Insane asylums in Bengal annual reports 1867-1875 - 1867-1875
Year: 1867
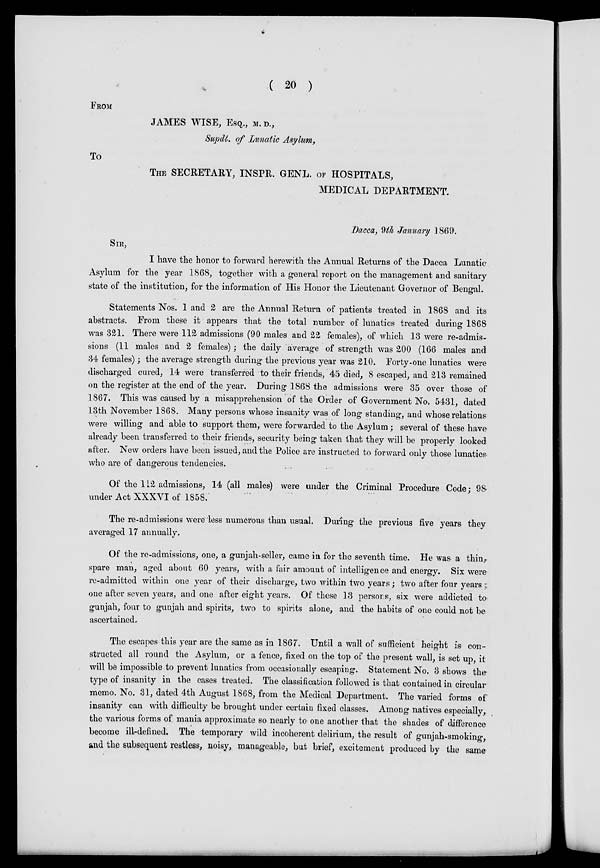
( 20 )
FROM
JAMES WISE, ESQ., M.D.,
Supdt. of Lunatic Asylum,
To
THE SECRETARY, INSPR. GENL. OF HOSPITALS,
MEDICAL DEPARTMENT.
Dacca, 9th January 1869.
SIR,
I have the honor to forward herewith the Annual Returns of the Dacca Lunatic
Asylum for the year 1868, together with a general report on the management and sanitary
state of the institution, for the information of His Honor the Lieutenant Governor of Bengal.
Statements Nos. 1 and 2 are the Annual Return of patients treated in 1868 and its
abstracts. From these it appears that the total number of lunatics treated during 1868
was 321. There were 112 admissions (90 males and 22 females), of which 13 were re-admis-
sions (11 males and 2 females); the daily average of strength was 200 (166 males and
34 females); the average strength during the previous year was 210. Forty-one lunatics were
discharged cured, 14 were transferred to their friends, 45 died, 8 escaped, and 213 remained
on the register at the end of the year. During 1868 the admissions were 35 over those of
1867. This was caused by a misapprehension of the Order of Government No. 5431, dated
13th November 1868. Many persons whose insanity was of long standing, and whose relations
were willing and able to support them, were forwarded to the Asylum; several of these have
already been transferred to their friends, security being taken that they will be properly looked
after. New orders have been issued, and the Police are instructed to forward only those lunatics
who are of dangerous tendencies.
Of the 112 admissions, 14 (all males) were under the Criminal Procedure Code; 98
under Act XXXVI of 1858.
The re-admissions were less numerous than usual. During the previous five years they
averaged 17 annually.
Of the re-admissions, one, a gunjah-seller, came in for the seventh time. He was a thin,
spare man, aged about 60 years, with a fair amount of intelligence and energy. Six were
re-admitted within one year of their discharge, two within two years; two after four years ;
one after seven years, and one after eight years. Of these 13 persons, six were addicted to¬
gunjah, four to gunjah and spirits, two to spirits alone, and the habits of one could not be
ascertained.
The escapes this year are the same as in 1867. Until a wall of sufficient height is : con-
structed all round the Asylum, or a fence, fixed on the top of the present wall, is set up, it
will be impossible to prevent lunatics from occasionally escaping. Statement No. 3 shows the
type of insanity in the cases treated. The classification followed is that contained in circular
memo. No. 31, dated 4th August 1868, from the Medical Department. The varied forms of
insanity can with difficulty be brought under certain fixed classes. Among natives especially,
the various forms of mania approximate so nearly to one another that the shades of difference
become ill-defined. The temporary wild incoherent delirium, the result of gunjah-smoking,
and the subsequent restless, noisy, manageable, but brief, excitement produced by the same